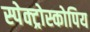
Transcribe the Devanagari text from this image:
स्पेक्ट्रोस्कोपिय